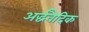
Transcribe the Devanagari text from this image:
अर्द्धवैदिक